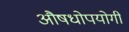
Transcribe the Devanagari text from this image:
औषधोपयोगी